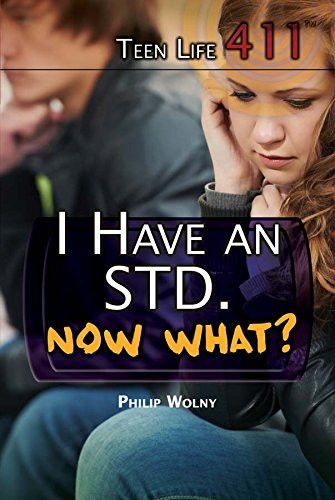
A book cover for I Have an STD, Now What? (Teen Life 411); Philip Wolny; Teen & Young Adult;